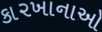
કા૨ખાનાઓ